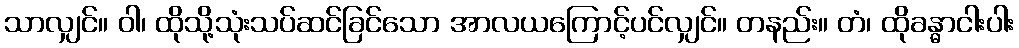
သာလျှင်။ ဝါ၊ ထိုသို့သုံးသပ်ဆင်ခြင်သော အာလယကြောင့်ပင်လျှင်။ တနည်း။ တံ၊ ထိုခန္ဓာငါးပါး